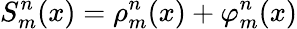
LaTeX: S_{m}^{n}(x)=\rho_{m}^{n}(x)+\varphi_{m}^{n}(x)